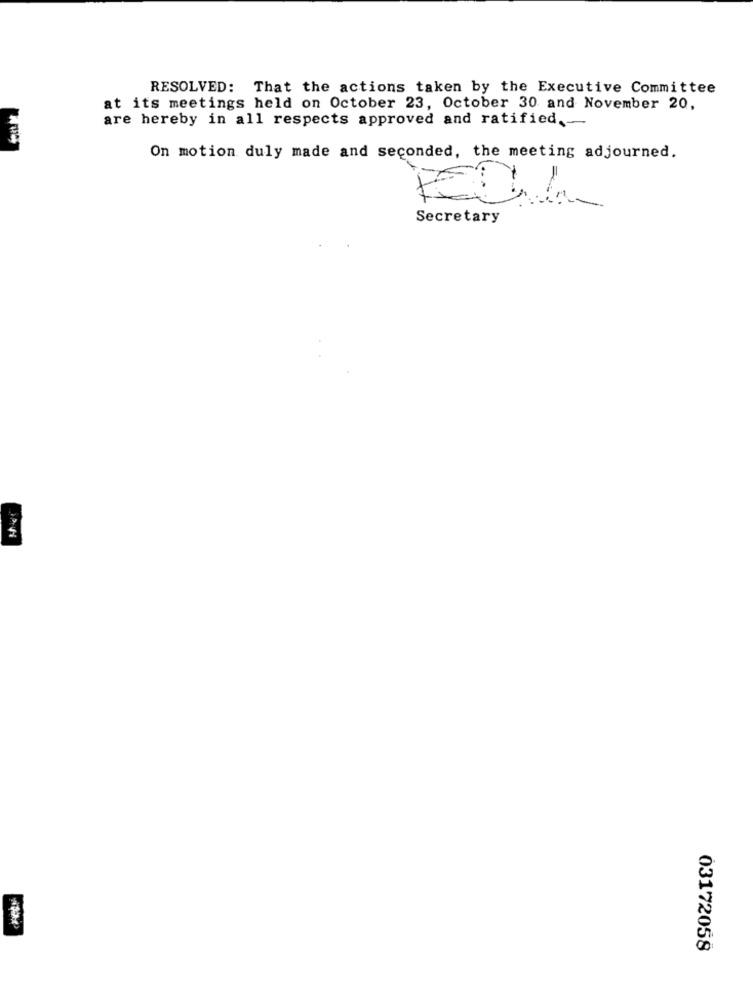
RESOLVED: That the actions taken by the Executive Committee
at its meetings held on October 23, October 30 and November 20,
are hereby in all respects approved and ratified .-
On motion duly made and seconded, the meeting adjourned.
=
Secretary
OPEN
03172058